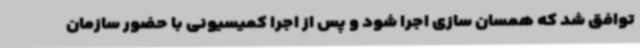
توافق شد که همسان سازی اجرا شود و پس از اجرا کمیسیونی با حضور سازمان